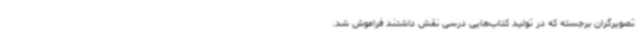
تصویرگران برجسته که در تولید کتاب‌هایی درسی نقش داشتند فراموش شد.